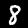
Digit: 8